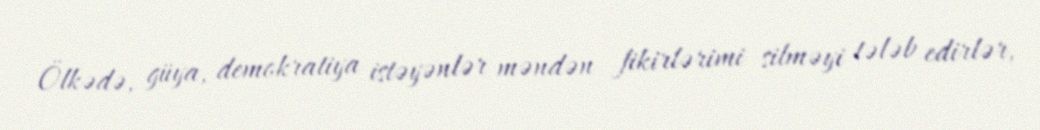
Ölkədə, güya, demokratiya istəyənlər məndən fikirlərimi silməyi tələb edirlər,